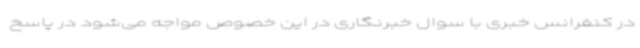
در کنفرانس خبری با سوال خبرنگاری در این خصوص مواجه می‌شود در پاسخ